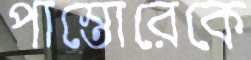
পাস্তোরেকে